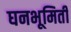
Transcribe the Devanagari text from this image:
घनभूमिती